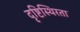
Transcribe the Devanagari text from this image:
दृष्टिस्थिरता